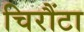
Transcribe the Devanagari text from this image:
चिरौंटा